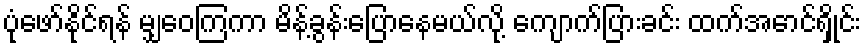
ပုံဖော်နိုင်ရန် မျှဝေကြကာ မိန့်ခွန်းပြောနေမယ်လို့ ကျောက်ပြားခင်း ထက်အောင်ရှိုင်း